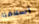
أسلافنا